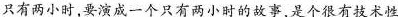
只有两小时要演成一个只有两小时的故事是个很有技术性